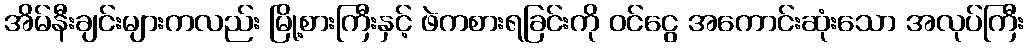
အိမ်နီးချင်းများကလည်း မြို့စားကြီးနှင့် ဖဲကစားရခြင်းကို ဝင်ငွေ အကောင်းဆုံးသော အလုပ်ကြီး